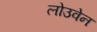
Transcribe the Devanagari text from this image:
लोउवेन